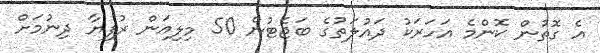
އެ ގޮތުން ކޮންމެ އަހަރަކު ދައުލަތުގެ ބަޖެޓުން 50 މިލިއަން ރުފިޔާ ދިނުމަށް